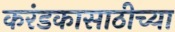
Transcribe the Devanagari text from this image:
करंडकासाठीच्या